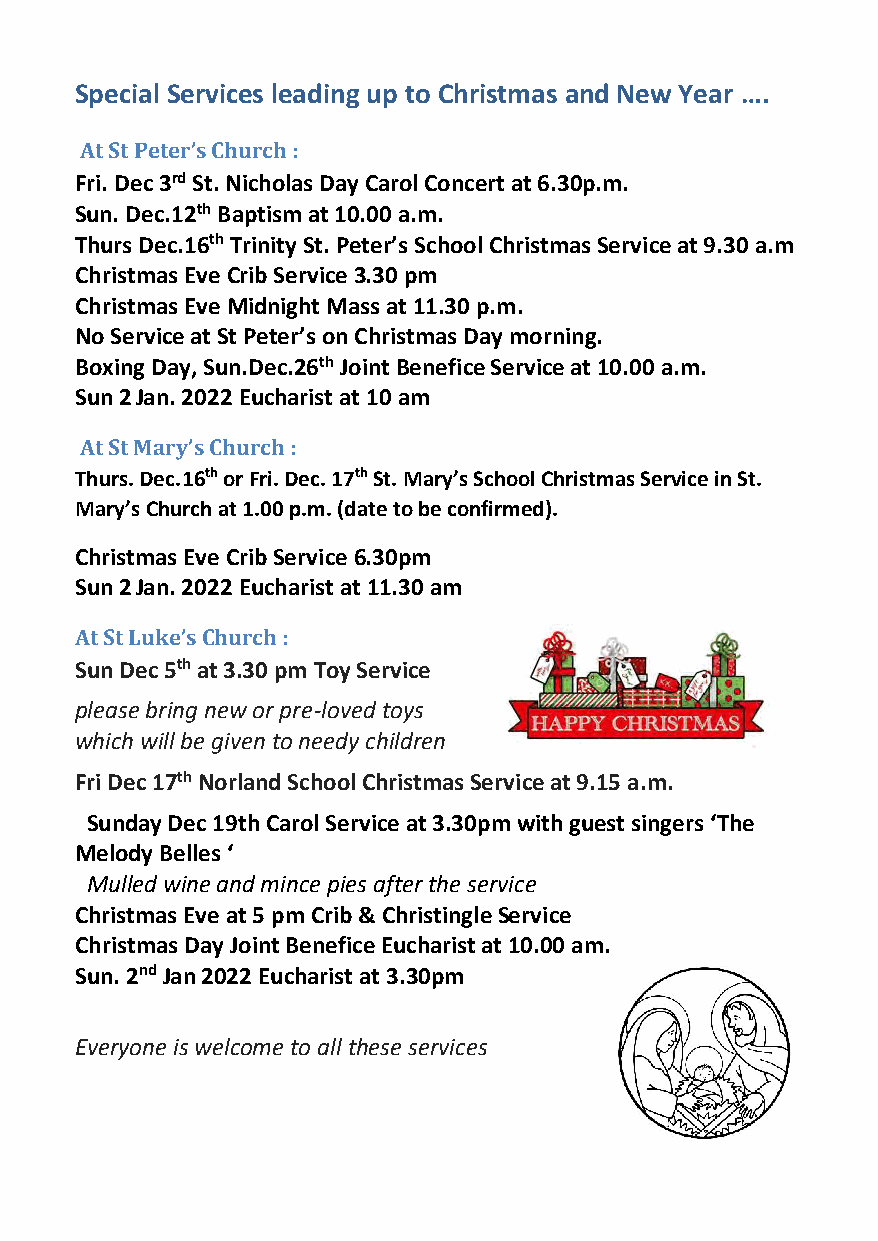
Special Services leading up to Christmas and New Year ….
 At St Peter’s Church :
 Fri. Dec 3rd St. Nicholas Day Carol Concert at 6.30p.m.
 Sun. Dec.12th Baptism at 10.00 a.m.
 Thurs Dec.16th Trinity St. Peter’s School Christmas Service at 9.30 a.m
 Christmas Eve Crib Service 3.30 pm
 Christmas Eve Midnight Mass at 11.30 p.m.
 No Service at St Peter’s on Christmas Day morning.
 Boxing Day, Sun.Dec.26th Joint Benefice Service at 10.00 a.m.
 Sun 2 Jan. 2022 Eucharist at 10 am
 At St Mary’s Church :
 Thurs. Dec.16th or Fri. Dec. 17th St. Mary’s School Christmas Service in St.
 Mary’s Church at 1.00 p.m. (date to be confirmed).
 Christmas Eve Crib Service 6.30pm
 Sun 2 Jan. 2022 Eucharist at 11.30 am
 At St Luke’s Church :
 Sun Dec 5th at 3.30 pm Toy Service
 please bring new or pre-loved toys
 which will be given to needy children
 Fri Dec 17th Norland School Christmas Service at 9.15 a.m.
 Sunday Dec 19th Carol Service at 3.30pm with guest singers ‘The
 Melody Belles ‘
 Mulled wine and mince pies after the service
 Christmas Eve at 5 pm Crib & Christingle Service
 Christmas Day Joint Benefice Eucharist at 10.00 am.
 Sun. 2nd Jan 2022 Eucharist at 3.30pm
 Everyone is welcome to all these services